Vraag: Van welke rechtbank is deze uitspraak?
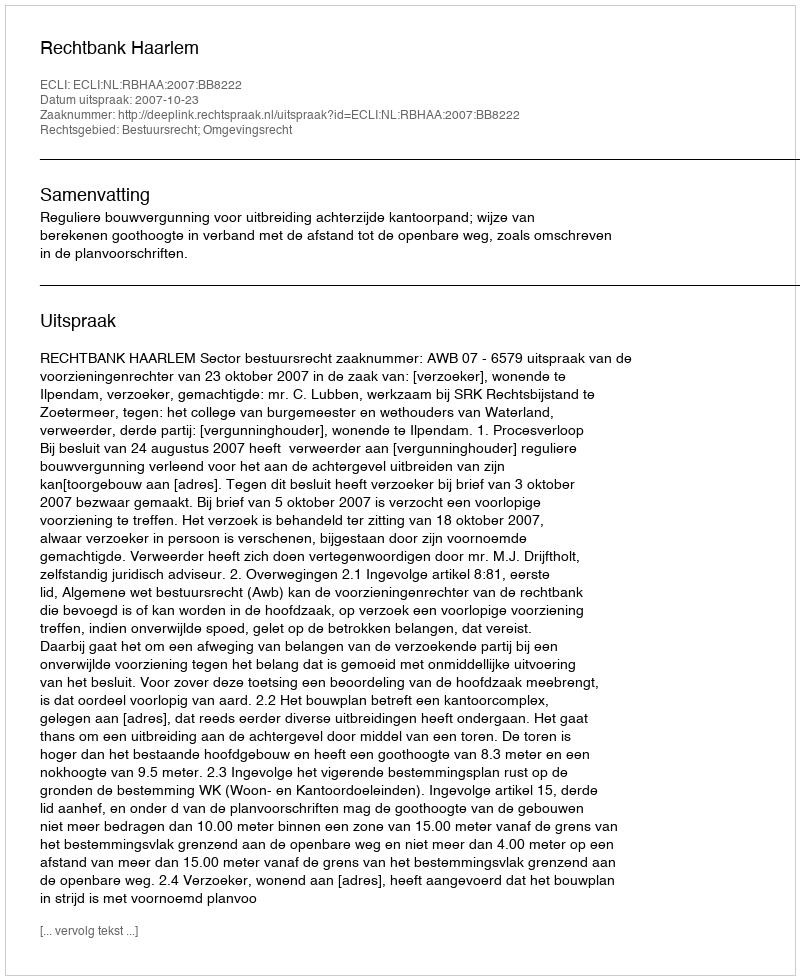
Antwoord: Rechtbank Haarlem